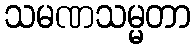
သမဏသမ္မတာ